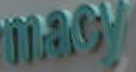
macy